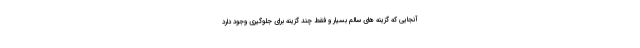
آنجایی که گزینه های سالم بسیار و فقط چند گزینه برای جلوگیری وجود دارد